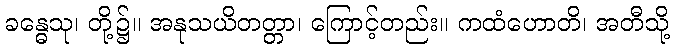
ခန္ဓေသု၊ တို့၌။ အနုသယိတတ္တာ၊ ကြောင့်တည်း။ ကထံဟောတိ၊ အတီသို့